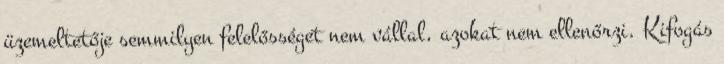
üzemeltetője semmilyen felelősséget nem vállal, azokat nem ellenőrzi. Kifogás